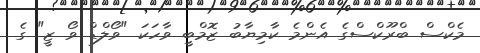
މެކްސް ބްރޫކްސްގެ އެންމެ ކާމިޔާބު ޒޮމްބީ ވާހަކަ "ވޯލްޑް ވޯ ޒީ" ގެ